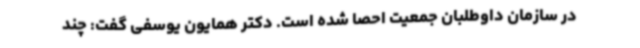
در سازمان داوطلبان جمعیت احصا شده است. دکتر همایون یوسفی گفت: چند